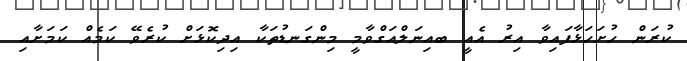
ކުރަން ހުށަހަޅާފައިވާ އިރު އެއީ ބއިނަލްއަގްވާމީ މިންގަނޑުތަކާ އިދިކޮޅަށް ކުރެވޭ ކަމެއް ކަމަށާއި